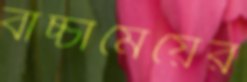
বাচ্চামেয়ের